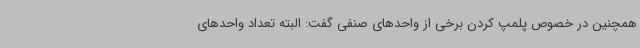
همچنین در خصوص پلمپ کردن برخی از واحدهای صنفی گفت: البته تعداد واحدهای